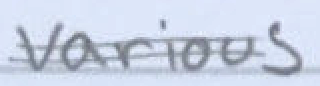
Text: various
Cross-out: double-line
Writing tool: pencil